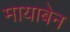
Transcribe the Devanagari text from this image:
मायाबेन